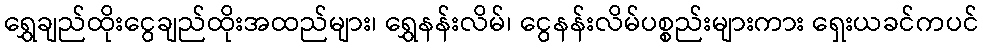
ရွှေချည်ထိုးငွေချည်ထိုးအထည်များ၊ ရွှေနန်းလိမ်၊ ငွေနန်းလိမ်ပစ္စည်းများကား ရှေးယခင်ကပင်